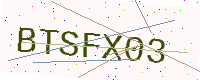
Text: BTSFX03